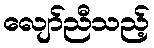
လျော်ညီသည့်